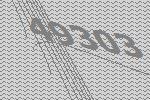
49303